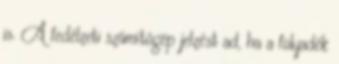
is. A fedélzeti számítógép jelzést ad, ha a folyadék